Indian journal of veterinary science and animal husbandry - Volumes 26-27, 1956-1957
Year: 1956
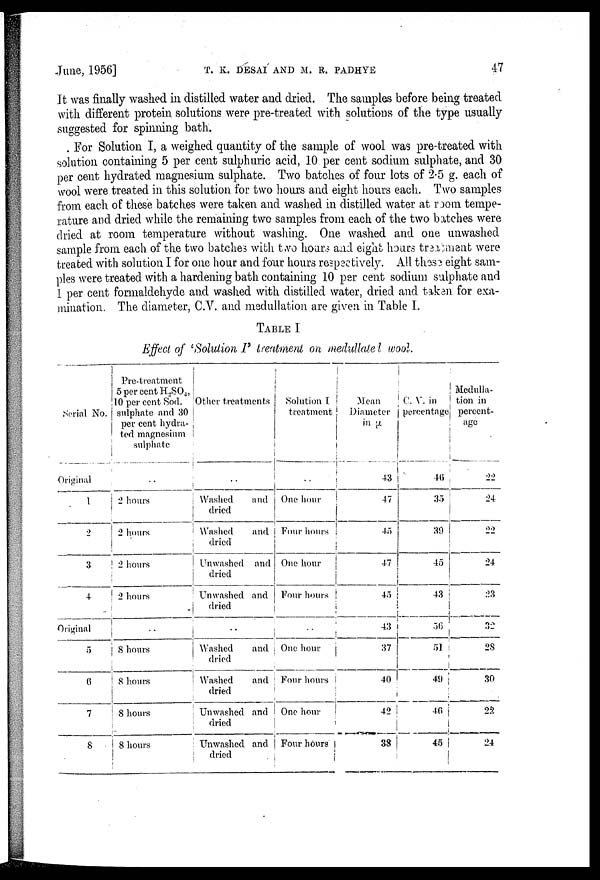
June, 1956]
T.
K.
DESAI
AND
M.
R.
PADHYE
47
It was finally washed in distilled water and dried. The samples before being treated
with different protein solutions were pre-treated with solutions of the type usually
suggested for spinning bath.
For Solution I, a weighed quantity of the sample of wool was pre-treated with
solution containing 5 per cent sulphuric acid, 10 per cent sodium sulphate, and 30
per cent hydrated magnesium sulphate. Two batches of four lots of 2.5 g. each of
wool were treated in this solution for two hours and eight hours each. Two samples
from each of these batches were taken and washed in distilled water at room, tempe-
rature and dried while the remaining two samples from each of the two batches were
dried at room temperature without washing. One washed and one unwashed
sample from each of the two batches with two hours and eight hours treatment were
treated with solution I for one hour and four hours respectively. All these eight sam-
ples were treated with a hardening bath containing 10 per cent sodium sulphate and
1 per cent formaldehyde and washed with distilled water, dried and taken for exa-
mination. The diameter, C.V. and medullation are given in Table I.
TABLE I
Effect of 'Solution I' treatment on medullated wool.
Serial No.
Original
1
2
3
4
Original
5
6
7
8
Pre-treatment
5 per cent H 2 SO 4 ,
10 per cent Sod.
sulphate and 30
per cent hydra-
ted magnesium
sulphate
..
2 hours
2 hours
2 hours
2 hours
..
8
hours
8 hours
8 hours
8 hours
Other treatments
..
Washed
and
dried
Washed
and
dried
Unwashed and
dried
Unwashed and
dried
..
Washed
and
dried
Washed
and
dried
Unwashed and
dried
Unwashed and
dried
Solution I
treatment
..
One hour
Four hours
One hour
Four hours
..
One hour
Four hours
One hour
Four hours
Mean
Diameter
in µ.
43
47
45
47
45
43
37
40
42
38
C. V. in
percentage
46
35
39
45
43
56
51
49
46
45
Medulla-
tion in
percent-
age
22
24
22
24
23
32
28
30
22
24